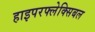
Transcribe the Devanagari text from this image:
हाइपरफ्लेक्सिबल